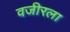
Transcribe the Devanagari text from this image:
वजीरला